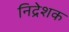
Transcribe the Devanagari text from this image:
निद्रेशक